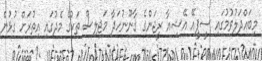
މިބައްދަލުވުމުގައި ސީޕީއޭ އޭޝިއާ ރީޖަންގެ ޤާނޫނުހަދާ މަޖިލިސް ތަކުގެ މެދުގައި އިތުރަށް ގުޅުން